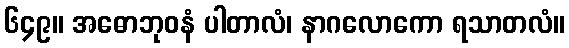
၆၄၉။ အဓောဘုဝနံ ပါတာလံ၊ နာဂလောကော ရသာတလံ။